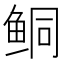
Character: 鲖